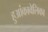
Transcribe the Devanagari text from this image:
हुआंकावेलिका